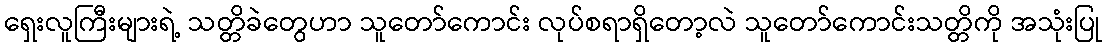
ရှေးလူကြီးများရဲ့ သတ္တိခဲတွေဟာ သူတော်ကောင်း လုပ်စရာရှိတော့လဲ သူတော်ကောင်းသတ္တိကို အသုံးပြု